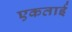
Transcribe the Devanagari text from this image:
एकताई